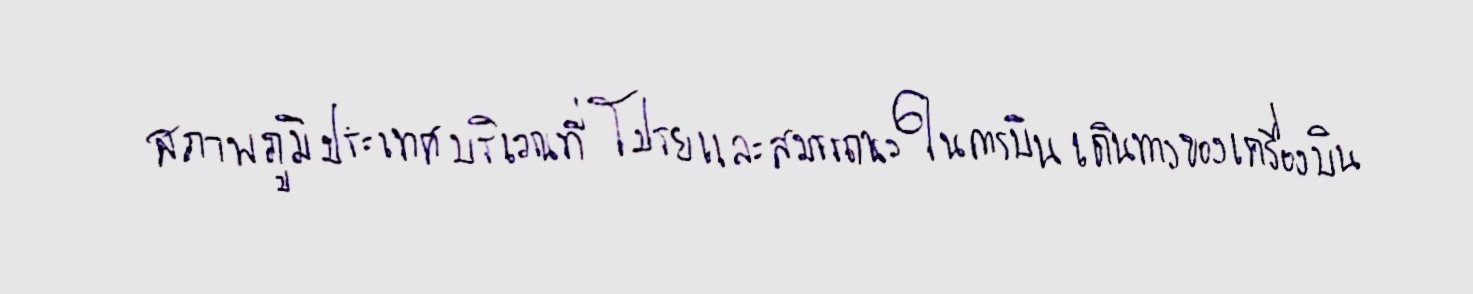
สภาพภูมิประเทศบริเวณที่โปรยและสมรรถนะในการบินเดินทางของเครื่องบิน